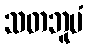
သတဘူမံ